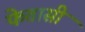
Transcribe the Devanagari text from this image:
फेतासी